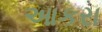
આકરા